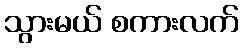
သွားမယ် စကားလက်